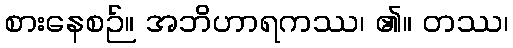
စားနေစဉ်။ အဘိဟာရကဿ၊ ၏။ တဿ၊